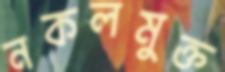
নকলমুক্ত